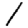
Digit: 1